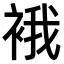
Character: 𧚄